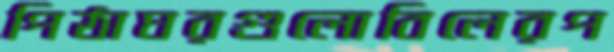
পিঠাঘরগুলোবিলেরপ